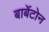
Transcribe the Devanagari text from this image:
बार्बेटोन